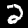
Label: 2